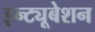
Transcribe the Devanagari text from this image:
इन्ट्यूबेशन